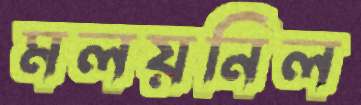
মলয়নিল